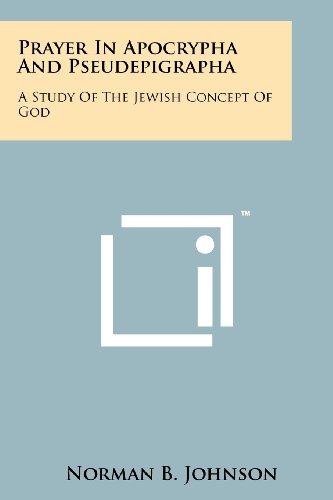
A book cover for Prayer in Apocrypha and Pseudepigrapha: A Study of the Jewish Concept of God; Norman B. Johnson; Christian Books & Bibles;